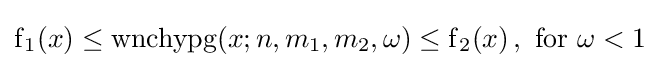
\operatorname {f} _{1}(x)\leq \operatorname {wnchypg} (x;n,m_{1},m_{2},\omega )\leq \operatorname {f} _{2}(x)\,,\,\,{\text{for}}\,\,\omega <1